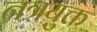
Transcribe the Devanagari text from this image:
नत्रयुक्त